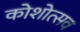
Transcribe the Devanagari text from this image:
कोशोत्सव